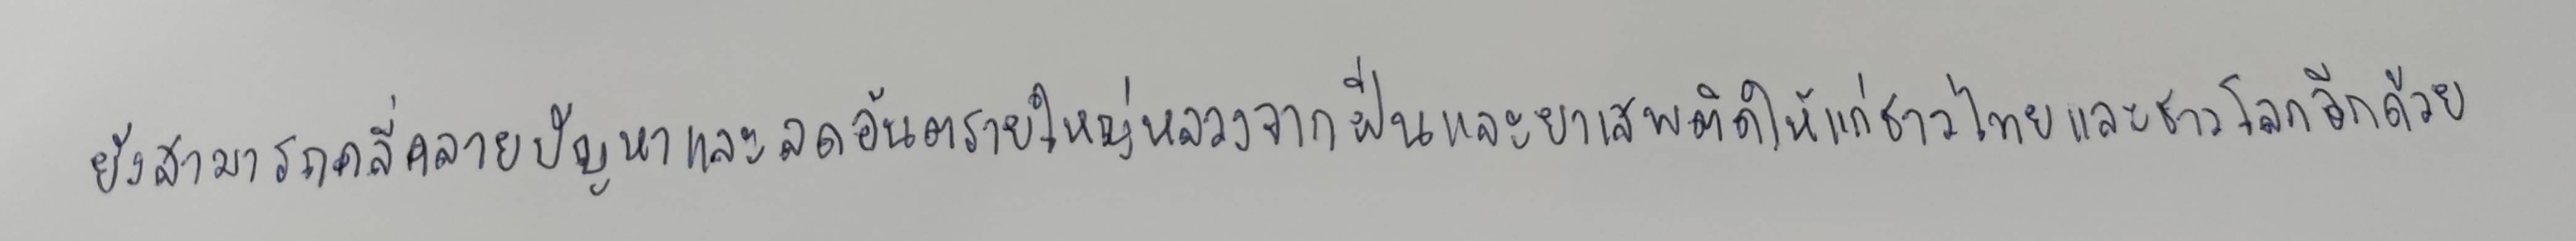
ยังสามารถคลี่คลายปัญหาและลดอันตรายใหญ่หลวงจากฝิ่นและยาเสพติดให้แก่ชาวไทยและชาวโลกอีกด้วย